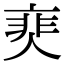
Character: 𩇰